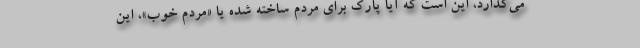
مي‌گذارد، اين است كه آيا پارك براي مردم ساخته شده يا «مردم خوب»، اين